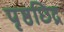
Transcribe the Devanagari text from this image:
पृष्ठछिद्र